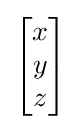
{\textstyle {\begin{bmatrix}x\\y\\z\end{bmatrix}}}